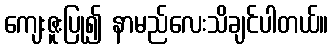
ကျေးဇူးပြု၍ နာမည်လေးသိချင်ပါတယ်။